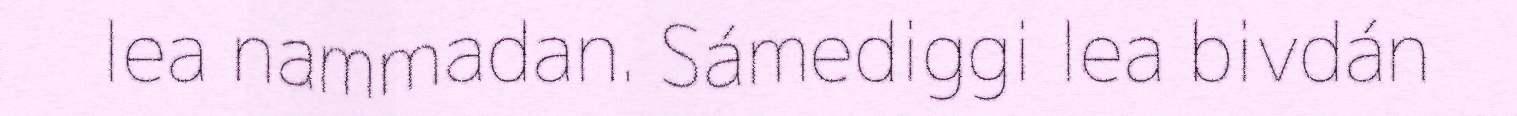
lea nammadan. Sámediggi lea bivdán